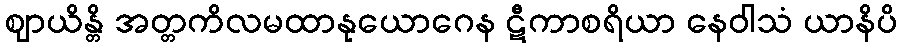
ဈာယိန္တိ အတ္တကိလမထာနုယောဂေန ဋီကာစရိယာ နေဝါသံ ယာနိပိ